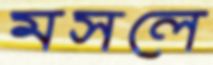
মসলে